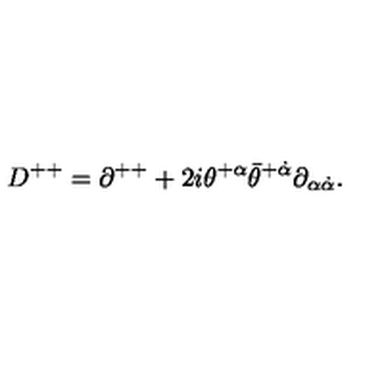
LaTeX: D ^ { + + } = \partial ^ { + + } + 2 i \theta ^ { + \alpha } \bar { \theta } ^ { + \dot { \alpha } } \partial _ { \alpha \dot { \alpha } } .